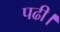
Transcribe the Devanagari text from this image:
पढी।